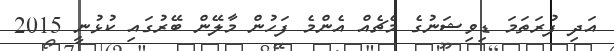
އަދި ފުރަތަމަ ޑިވިޝަނުގެ މެޗެއް އެންމެ ފަހުން މާލޭން ބޭރުގައި ކުޅުނީ 2015